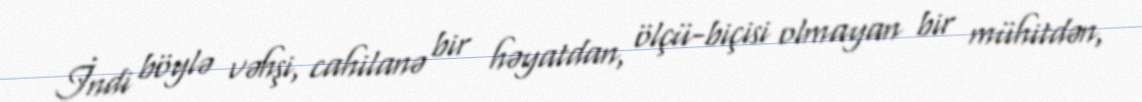
İndi böylə vəhşi, cahilanə bir həyatdan, ölçü-biçisi olmayan bir mühitdən,